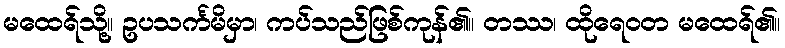
မထေရ်သို့။ ဥပသင်္ကမိမှာ၊ ကပ်သည်ဖြစ်ကုန်၏။ တဿ၊ ထိုရေဝတ မထေရ်၏။